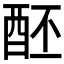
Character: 𨠙